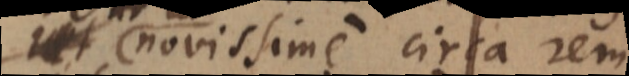
ut novissime circa rem